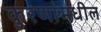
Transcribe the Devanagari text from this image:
कुरणांमधील